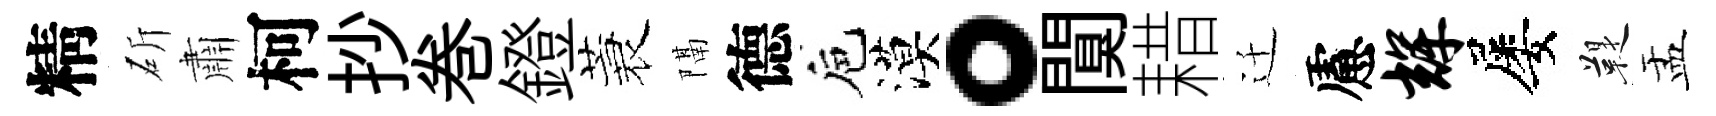
精斫肅柯抄巻鐙蓑隔德巵漠。闃耤迁慮辉屡鞮盂